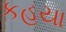
કહયા